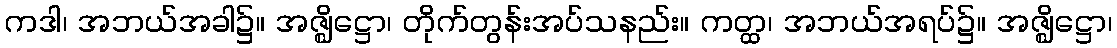
ကဒါ၊ အဘယ်အခါ၌။ အဇ္ဈိဋ္ဌော၊ တိုက်တွန်းအပ်သနည်း။ ကတ္ထ၊ အဘယ်အရပ်၌။ အဇ္ဈိဋ္ဌော၊